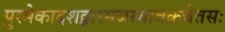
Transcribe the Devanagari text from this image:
पुरमेकादशद्वारमजस्यावक्रचेतसः